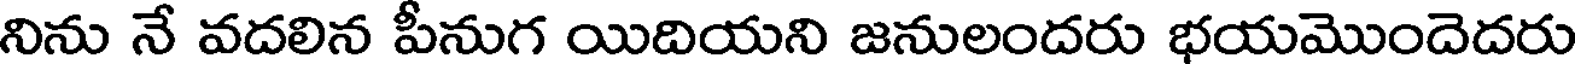
నిను నే వదలిన పీనుగ యిదియని జనులందరు భయమొందెదరు